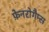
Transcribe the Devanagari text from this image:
फ़ेनरोगैम्स